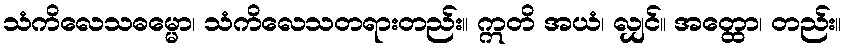
သံကိလေသဓမ္မော၊ သံကိလေသတရားတည်း။ ဣတိ အယံ၊ လျှင်။ အတ္ထော၊ တည်း။